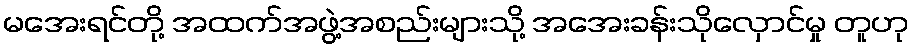
မအေးရင်တို့ အထက်အဖွဲ့အစည်းများသို့ အအေးခန်းသိုလှောင်မှု တူဟု